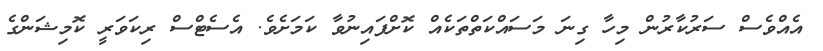
އެއްވެސް ސަރުކާރުން މިހާ ގިނަ މަސައްކަތްތަކެއް ކޮށްފައިނުވާ ކަމަށެވެ. އެސެޓްސް ރިކަވަރީ ކޮމިޝަންގެ